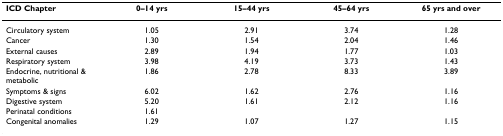
<table><thead><tr><td><b>ICD Chapter</b></td><td><b>0–14 yrs</b></td><td><b>15–44 yrs</b></td><td><b>45–64 yrs</b></td><td><b>65 yrs and over</b></td></tr></thead><tbody><tr><td>Circulatory system</td><td>1.05</td><td>2.91</td><td>3.74</td><td>1.28</td></tr><tr><td>Cancer</td><td>1.30</td><td>1.54</td><td>2.04</td><td>1.46</td></tr><tr><td>External causes</td><td>2.89</td><td>1.94</td><td>1.77</td><td>1.03</td></tr><tr><td>Respiratory system</td><td>3.98</td><td>4.19</td><td>3.73</td><td>1.43</td></tr><tr><td>Endocrine, nutritional &amp; metabolic</td><td>1.86</td><td>2.78</td><td>8.33</td><td>3.89</td></tr><tr><td>Symptoms &amp; signs</td><td>6.02</td><td>1.62</td><td>2.76</td><td>1.16</td></tr><tr><td>Digestive system</td><td>5.20</td><td>1.61</td><td>2.12</td><td>1.16</td></tr><tr><td>Perinatal conditions</td><td>1.61</td><td></td><td></td><td></td></tr><tr><td>Congenital anomalies</td><td>1.29</td><td>1.07</td><td>1.27</td><td>1.15</td></tr></tbody></table>